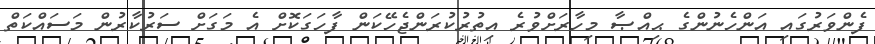
ފެންވަރުގައި އަންހެނުންގެ ޙިއްޞާ މިހާރަށްވުރެ އިތުރުކުރަންޖެހޭކަން ފާހަގަކޮށް އެ މަގަށް ސަރުކާރުން މަސައްކަތް